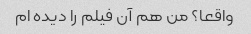
واقعا؟ من هم آن فیلم را دیده ام